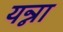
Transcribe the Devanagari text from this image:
यन्ना